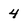
Character: 4